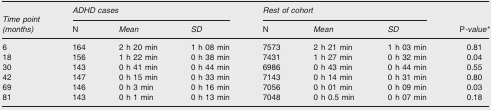
<table><thead><tr><td></td><td colspan="3"><b><i>ADHD cases</i></b></td><td colspan="3"><b><i>Rest of cohort</i></b></td><td></td></tr><tr><td><b><i>Time point (months)</i></b></td><td><b>N</b></td><td><b><i>Mean</i></b></td><td><b><i>SD</i></b></td><td><b>N</b></td><td><b><i>Mean</i></b></td><td><b><i>SD</i></b></td><td><b>P-<i>value</i>*</b></td></tr></thead><tbody><tr><td>6</td><td>164</td><td>2 h 20 min</td><td>1 h 08 min</td><td>7573</td><td>2 h 21 min</td><td>1 h 03 min</td><td>0.81</td></tr><tr><td>18</td><td>156</td><td>1 h 22 min</td><td>0 h 38 min</td><td>7431</td><td>1 h 27 min</td><td>0 h 32 min</td><td>0.04</td></tr><tr><td>30</td><td>143</td><td>0 h 41 min</td><td>0 h 44 min</td><td>6986</td><td>0 h 43 min</td><td>0 h 44 min</td><td>0.55</td></tr><tr><td>42</td><td>147</td><td>0 h 15 min</td><td>0 h 33 min</td><td>7143</td><td>0 h 14 min</td><td>0 h 31 min</td><td>0.80</td></tr><tr><td>69</td><td>146</td><td>0 h 3 min</td><td>0 h 16 min</td><td>7056</td><td>0 h 01 min</td><td>0 h 09 min</td><td>0.03</td></tr><tr><td>81</td><td>143</td><td>0 h 1 min</td><td>0 h 13 min</td><td>7048</td><td>0 h 0.5 min</td><td>0 h 07 min</td><td>0.18</td></tr></tbody></table>